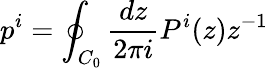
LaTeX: p^{i}=\oint_{C_{0}}\frac{dz}{2\pi i}P^{i}(z)z^{-1}